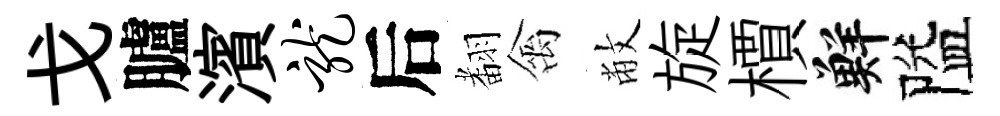
戈臚濱龙后𮋒禽敝旋檟鮮隘